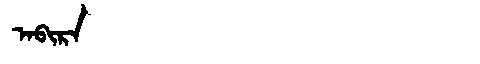
Manchu: ᠠᠪᡳᡵᠠ
Romanization: ABIRA